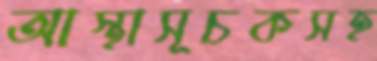
আস্থাসূচকসহ